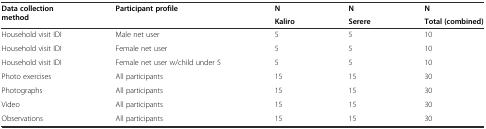
| <ROWSPAN=2> Data collection method | <ROWSPAN=2> Participant profile | N | N | N |
 | Kaliro | Serere | Total (combined) |
 | --- | --- | --- | --- | --- |
 | Household visit IDI | Male net user | 5 | 5 | 10 |
 | Household visit IDI | Female net user | 5 | 5 | 10 |
 | Household visit IDI | Female net user w/child under 5 | 5 | 5 | 10 |
 | Photo exercises | All participants | 15 | 15 | 30 |
 | Photographs | All participants | 15 | 15 | 30 |
 | Video | All participants | 15 | 15 | 30 |
 | Observations | All participants | 15 | 15 | 30 |